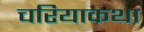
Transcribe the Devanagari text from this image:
चरियाकथा